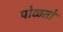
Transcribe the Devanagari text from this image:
पोळतो